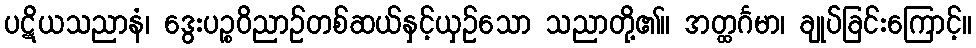
ပဋိယသညာနံ၊ ဒွေးပဉ္စဝိညာဉ်တစ်ဆယ်နှင့်ယှဉ်သော သညာတို့၏။ အတ္ထင်္ဂမာ၊ ချုပ်ခြင်းကြောင့်။